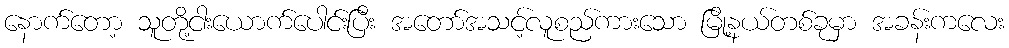
နောက်တော့ သူတို့ငါးယောက်ပေါင်းပြီး အတော်အသင့်လူစည်ကားသော မြို့နယ်တစ်ခုမှာ အခန်းကလေး